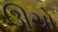
ઊચો